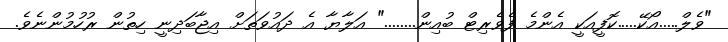
"ވެލް.....އޯކޭ.....ކޮފީއަކީ އެންމެ ފެވެރިޓް ބުއިން........" އަލާޔާ އެ ދައުވަތަށް އިޖާބަދިނީ ހިތުން ރުހުމުންނެވެ.